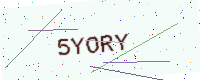
Text: 5YORY